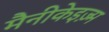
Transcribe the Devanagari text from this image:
मैनीकेइज़्म